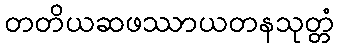
တတိယဆဖဿာယတနသုတ္တံ